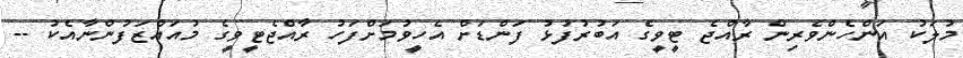
މުލަކު އަންހެންވެރިން ރާއްޖެ ޓީވީގެ އަބުރުފުޅު ފަންޑަށް އެހީވުމަށްފަހު ރާއްޖެޓީވީގެ މުއައްޒަފުންނާއެކު --